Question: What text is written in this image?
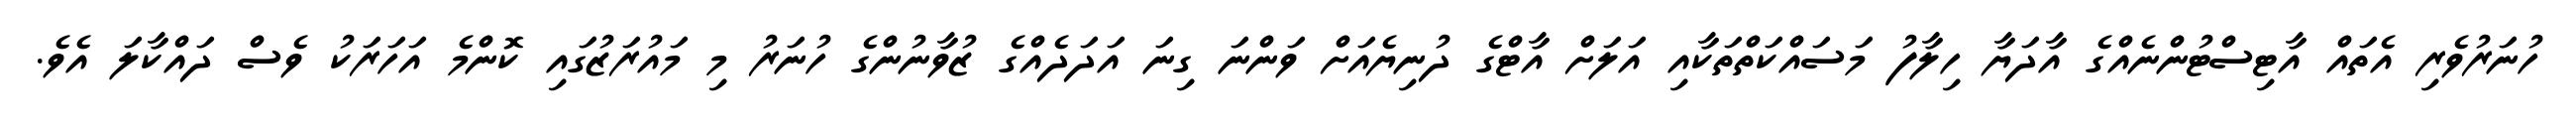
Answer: ހުނަރުވެރި އެތައް އާޓިސްޓުންނެއްގެ އާދަޔާ ހިލާފު މަސައްކަތްތަކާއި އަލަށް އާޓްގެ ދުނިޔެއަށް ވަންނަ ގިނަ އަދަދެއްގެ ޒުވާނުންގެ ހުނަރު މި މައުރަޒުގައި ކޮންމެ އަހަރަކު ވެސް ދައްކާލަ އެވެ.